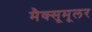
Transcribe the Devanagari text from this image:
मैक्सूमूलर